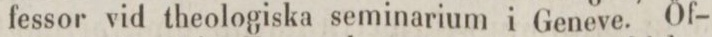
fessor vid theologiska seminarium i Geneve. Öf-